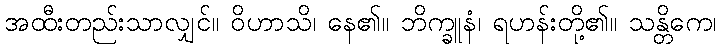
အထီးတည်းသာလျှင်။ ဝိဟာသိ၊ နေ၏။ ဘိက္ခူနံ၊ ရဟန်းတို့၏။ သန္တိကေ၊